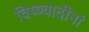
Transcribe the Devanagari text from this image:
विष्ण्वादीनां